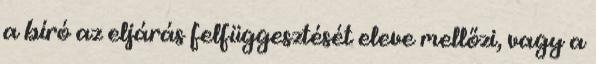
a bíró az eljárás felfüggesztését eleve mellőzi, vagy a